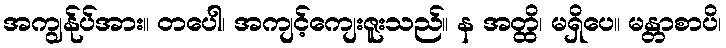
အကျွန်ုပ်အား။ တပေါ၊ အကျင့်ကျေးဇူးသည်။ န အတ္ထိ၊ မရှိပေ။ မန္တာစာပိ၊